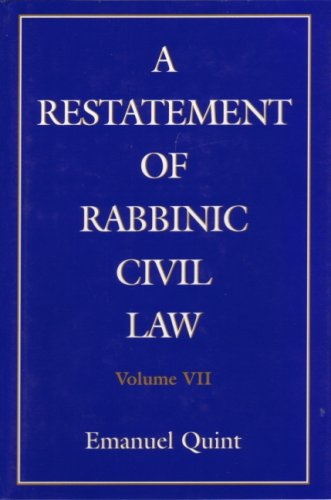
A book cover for A Restatement of Rabbinic Civil Law Volume 7 Discrepancies in Sales, Gifts of a Healthy Person, and Gifts Causa Mortis.; Emanuel B. Quint; Law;